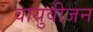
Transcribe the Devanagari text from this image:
वायुवीजन